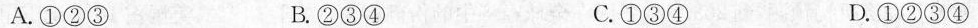
A.①②③ B.②③④ C.①③④